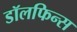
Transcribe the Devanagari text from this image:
डॉलफिन्स